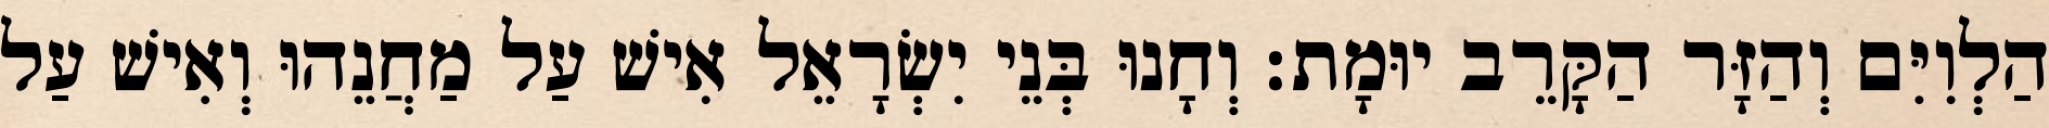
הַלְוִיִּם וְהַזָּר הַקָּרֵב יוּמָת׃ וְחָנוּ בְּנֵי יִשְׂרָאֵל אִישׁ עַל מַחֲנֵהוּ וְאִישׁ עַל